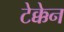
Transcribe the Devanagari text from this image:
टेक्केन